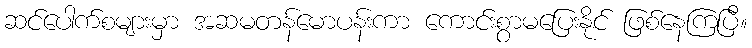
ဆင်ပေါက်စများမှာ အဆမတန်မောပန်းကာ ကောင်းစွာမပြေးနိုင် ဖြစ်နေကြပြီ။